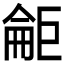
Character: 𱜘